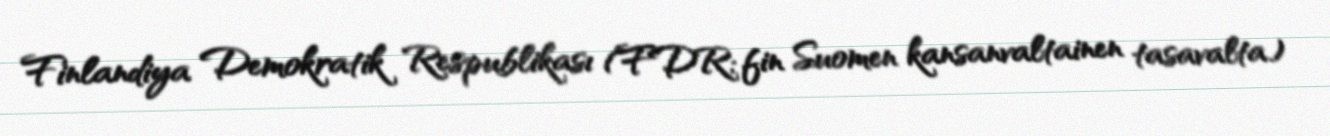
Finlandiya Demokratik Respublikası (FDR; fin Suomen kansanvaltainen tasavalta)